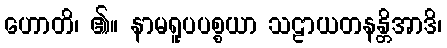
ဟောတိ၊ ၏။ နာမရူပပစ္စယာ သဠာယတနန္တိအာဒိ၊